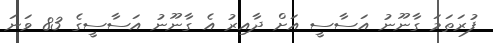
ފުރަތަމަ ގާނޫނު އަސާސީ އަށް ދާއިރު އެ ގާނޫނު އަސާސީގެ 83 ވަނަ